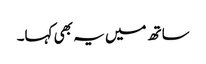
ساتھ میں یہ بھی کہا۔